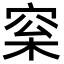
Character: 梥